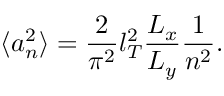
\langle a _ { n } ^ { 2 } \rangle = \frac { 2 } { \pi ^ { 2 } } l _ { T } ^ { 2 } \frac { L _ { x } } { L _ { y } } \frac { 1 } { n ^ { 2 } } .